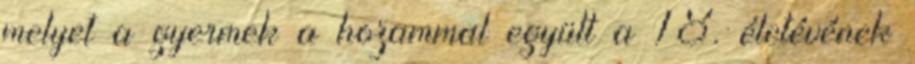
melyet a gyermek a hozammal együtt a 18. életévének